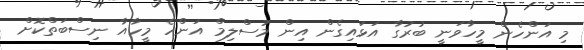
މި އަންހެން މީހާވަނީ ބުރުގާ އަޅައިގެން އިން މުސްލިމް އަންހެ މީހާއާ ނިސްބަތްކޮށް